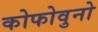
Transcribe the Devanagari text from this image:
कोफोवुनो